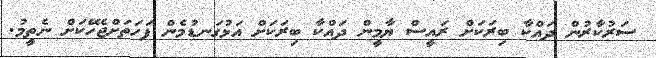
ސަރުކާރުން ދައްކާ ބިރަކަަށް ރައީސް ޔާމީން ދައްކާ ބިރަކަށް އަޅުގަނޑުމެން ފަހަަތަށްޖެހޭކަށް ނެތީމު.